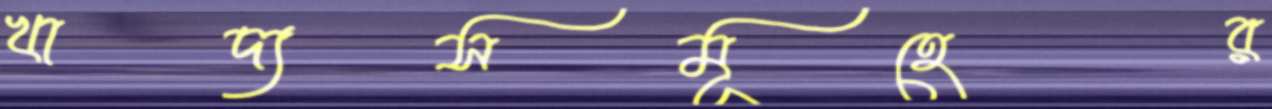
খাদ্যসমূহের